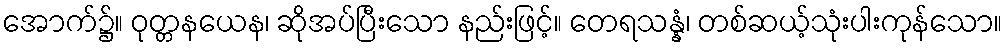
အောက်၌။ ဝုတ္တနယေန၊ ဆိုအပ်ပြီးသော နည်းဖြင့်။ တေရသန္နံ၊ တစ်ဆယ့်သုံးပါးကုန်သော။